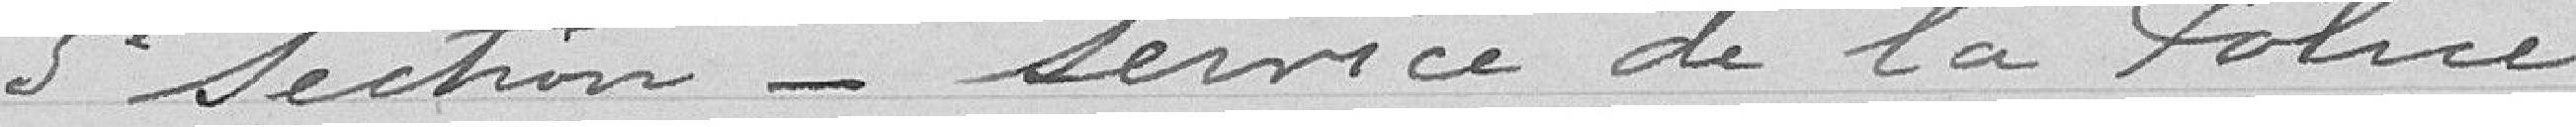
5° Section Service de la Police